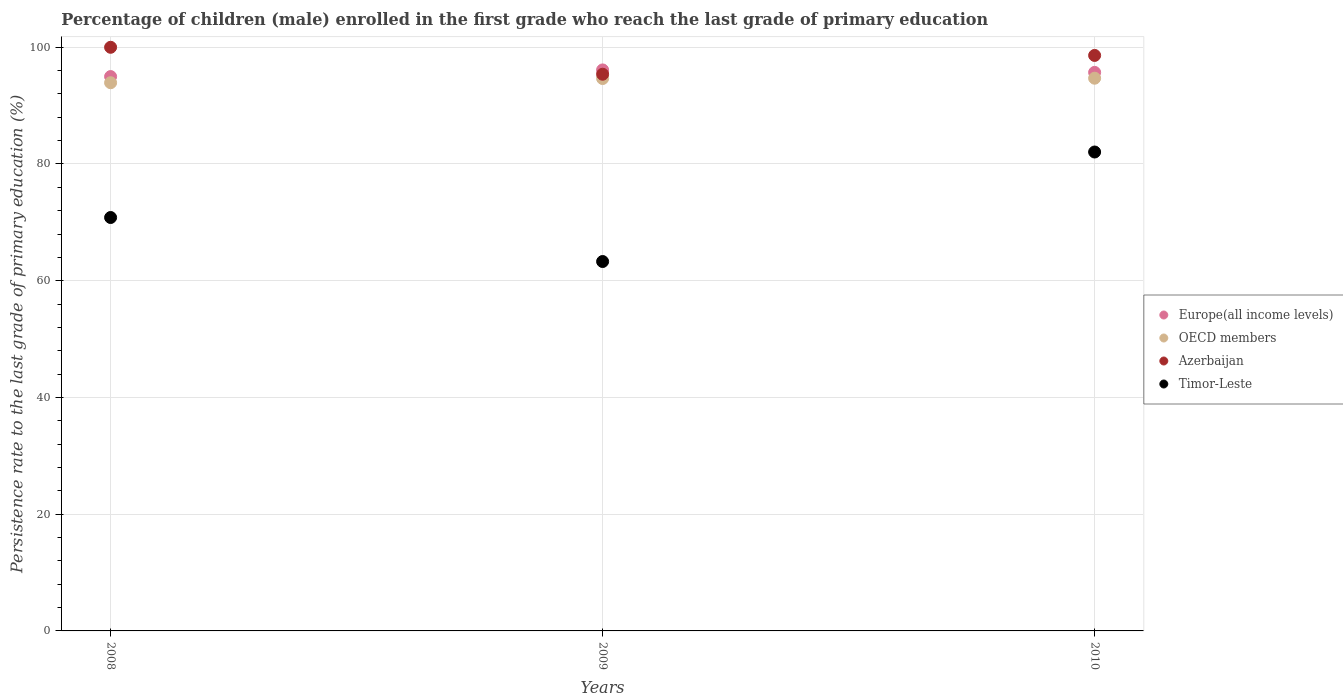
| Years | Europe(all income levels) | OECD members | Azerbaijan | Timor-Leste |
 | --- | --- | --- | --- | --- |
 | 2008 | 95 | 93.9 | 100 | 70.8 |
 | 2009 | 96.1 | 94.6 | 95.4 | 63.3 |
 | 2010 | 95.7 | 94.7 | 98.6 | 82.1 |